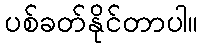
ပစ်ခတ်နိုင်တာပါ။